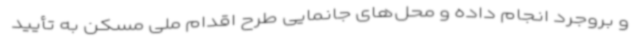
و بروجرد انجام داده و محل‌های جانمایی طرح اقدام ملی مسکن به تأیید